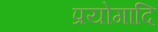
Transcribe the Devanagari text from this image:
प्रयोगादि